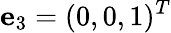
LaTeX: {\mathbf e}_{3}=(0,0,1)^{T}